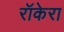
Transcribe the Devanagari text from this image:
रॉकेरा